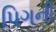
પિગની